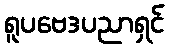
ရူပဗေဒပညာရှင်